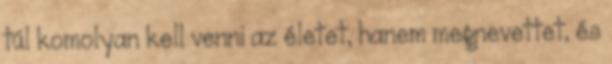
túl komolyan kell venni az életet, hanem megnevettet, és